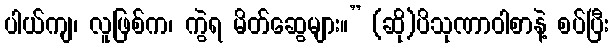
ပါယ်ကျ၊ လူဖြစ်က၊ ကွဲရ မိတ်ဆွေများ။” (ဆို)ပိသုဏာဝါစာနဲ့ စပ်ပြီး